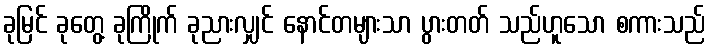
ခုမြင် ခုတွေ့ ခုကြိုက် ခုညားလျှင် နောင်တများသာ ပွားတတ် သည်ဟူသော စကားသည်